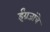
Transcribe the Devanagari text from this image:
ईंग्रजांचे